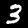
Digit: 3